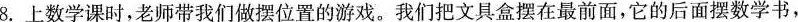
8.上数学课时，老师带我们做摆位置的游戏。我们把文具盒摆在最前面，它的后面摆数学书，